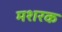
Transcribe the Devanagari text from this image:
मशरक